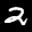
Digit: 2